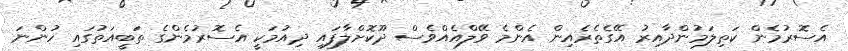
އެސޮރުމެން ކަތިލަމުންދާއިރު އޭގެތެރެއިން އެންމެ ވޭލްއެއްވެސް ދޫކޮށްލާފައި ދިއުމަކީ އެސޮރުމެންގެ ތަބީއަތުގައި ހުންނަ